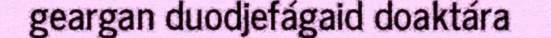
geargan duodjefágaid doaktára